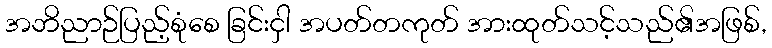
အဘိညာဉ်ပြည့်စုံစေ ခြင်းငှါ အပတ်တကုတ် အားထုတ်သင့်သည်၏အဖြစ်,